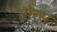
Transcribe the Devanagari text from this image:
तोरस